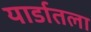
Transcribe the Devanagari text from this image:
यार्डातला